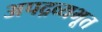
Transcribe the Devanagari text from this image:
अपद्रव्यभूत